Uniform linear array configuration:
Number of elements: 64
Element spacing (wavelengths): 0.25
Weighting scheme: kaiser
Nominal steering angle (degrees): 45
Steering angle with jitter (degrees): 43.437
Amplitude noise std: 0.05
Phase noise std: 0.05

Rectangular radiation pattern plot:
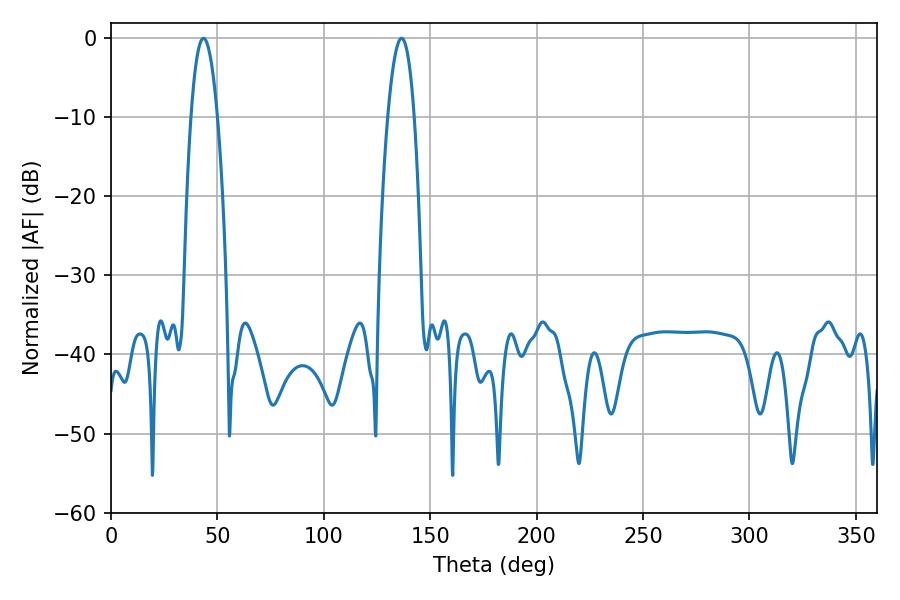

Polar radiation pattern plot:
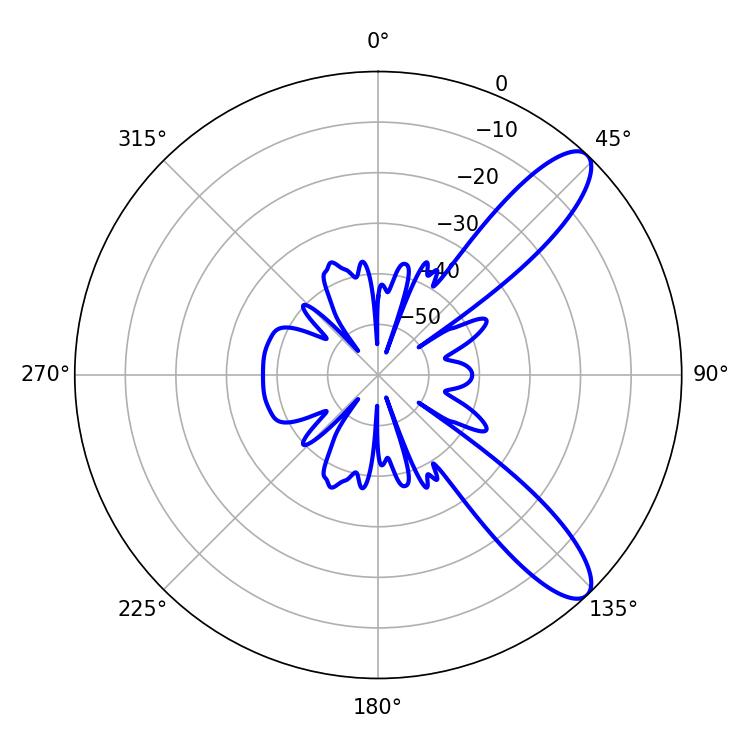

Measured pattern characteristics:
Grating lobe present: FALSE
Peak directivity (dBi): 10.512
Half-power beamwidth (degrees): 6.84
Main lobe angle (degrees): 43.38